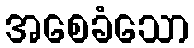
အစေခံသော